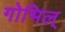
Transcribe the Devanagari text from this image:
गोभिल्